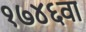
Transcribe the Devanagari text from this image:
१७४६वा